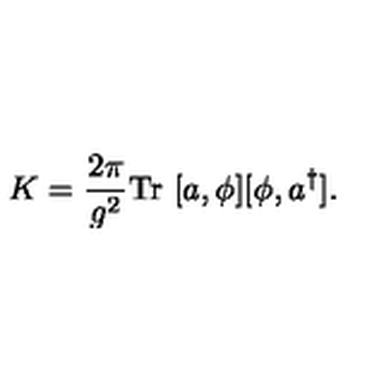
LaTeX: K = \frac { 2 \pi } { g ^ { 2 } } \mathrm { T r } \ [ a , \phi ] [ \phi , a ^ { \dagger } ] .